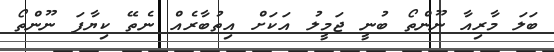
ބަލަ މާރިއާ ނޫންތޯ ބުނީ ޖަމީލު އަކަށް އިތުބާރެއް ނެތޭ ކިޔާފަ ނޫންތޯ